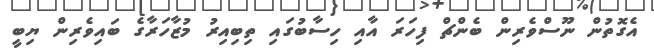
އެގޮތުން ނޫސްވެރިން ބެންޗް ފިހަރަ އާއި ހިސާބުގައި ތިބިއިރު މުޒާހަރާގެ ބައިވެރިން ޔިބީ